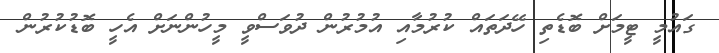
ގައުމީ ޓީމަށް ބޮޑެތި ހޭދަތައް ކުރުމާއި އުމުރުން ދުވަސްވީ މީހުންނަށް އެހީ ބޮޑުކުރުން